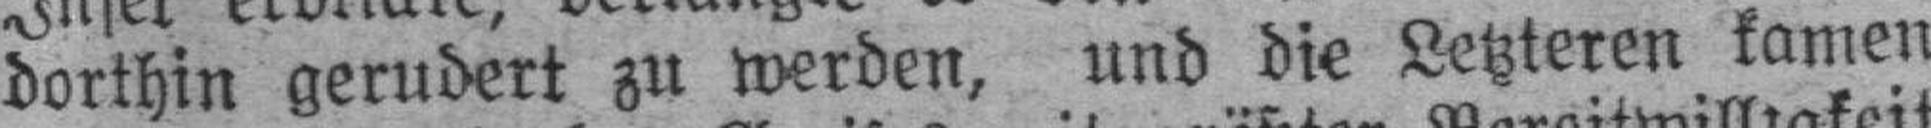
dorthin gerudert zu werden, und die Letzteren kamen